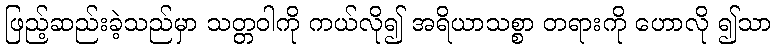
ဖြည့်ဆည်းခဲ့သည်မှာ သတ္တဝါကို ကယ်လို၍ အရိယာသစ္စာ တရားကို ဟောလို ၍သာ